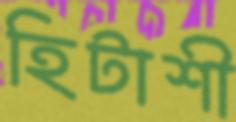
হিটাশী